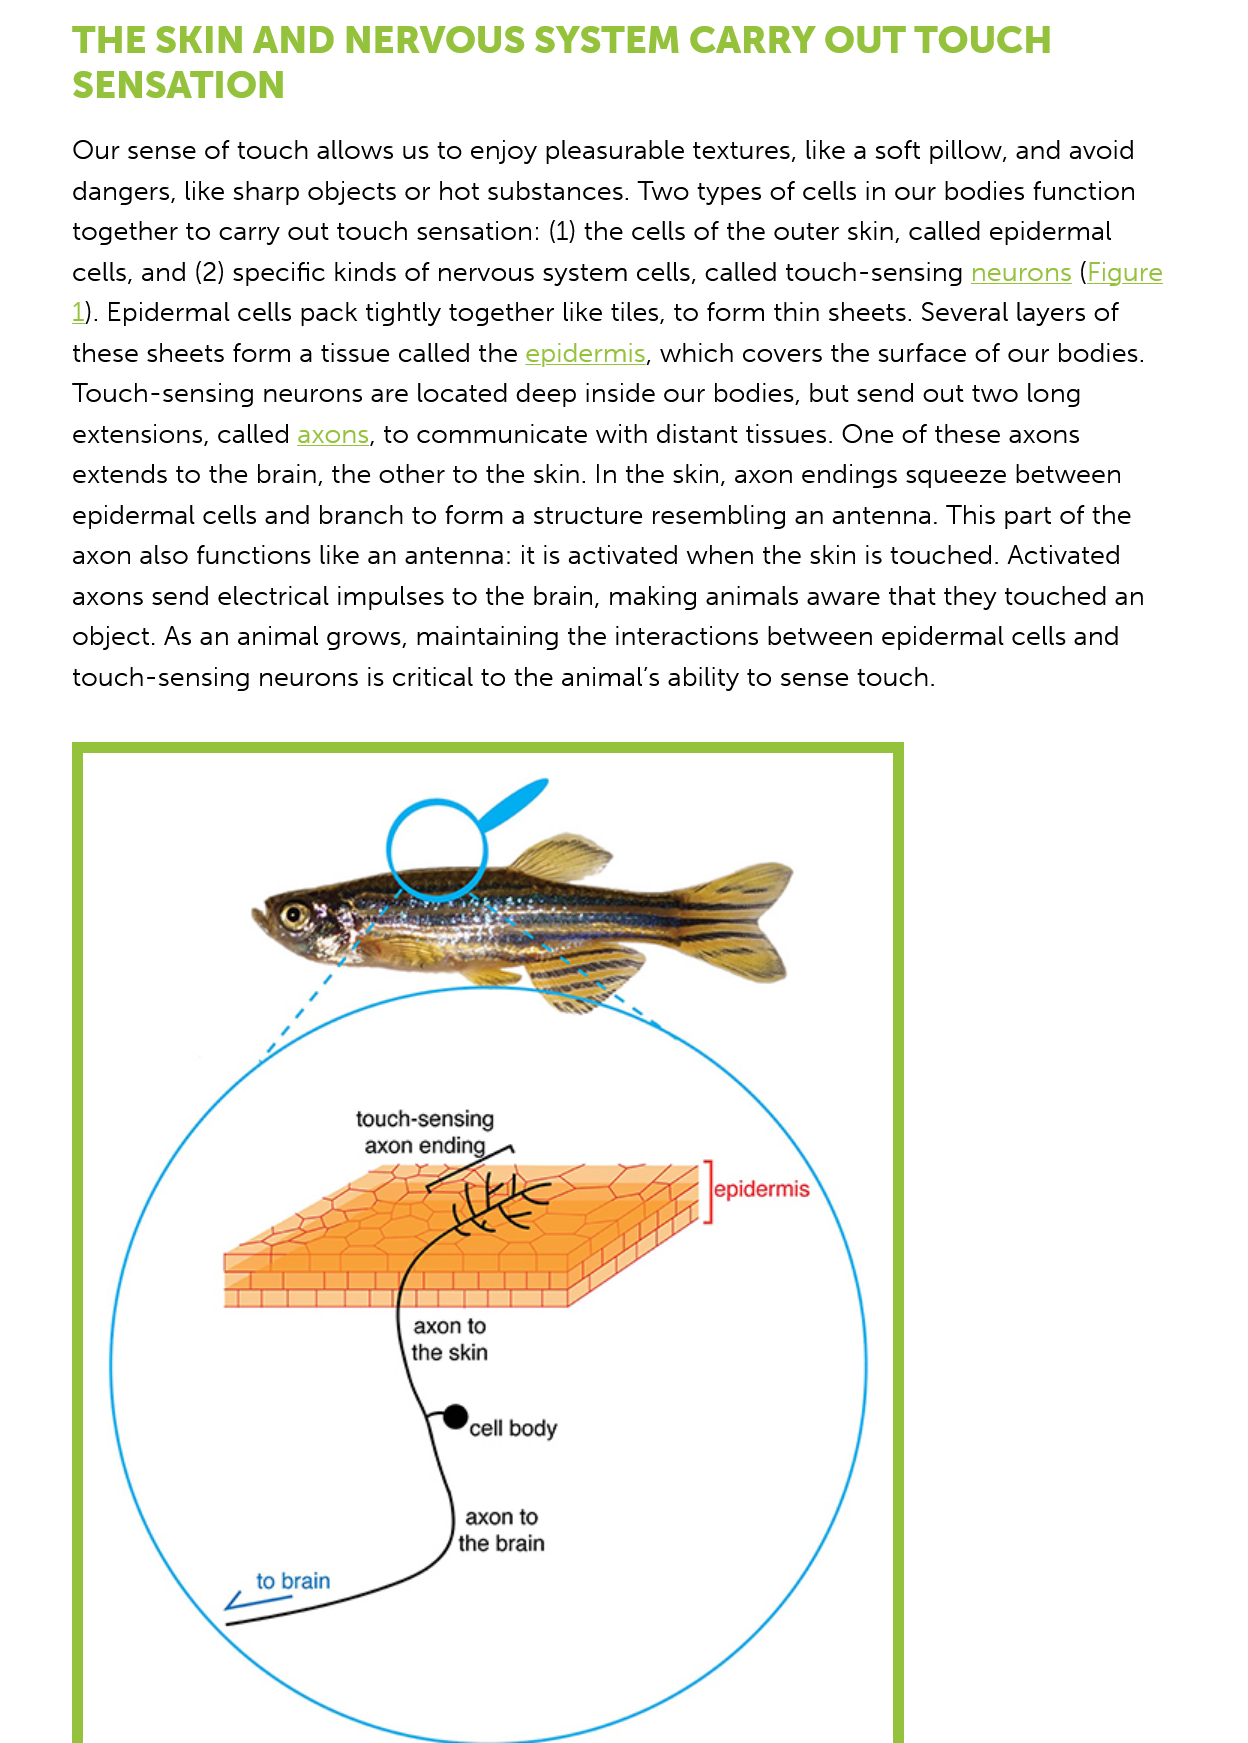
THE   SKIN   AND    NERVOUS    SYSTEM    CARRY    OUT    TOUCH
     SENSATION
     Our sense of touch allows us to enjoy pleasurable textures, like a soft pillow, and avoid
     dangers, like sharp objects or hot substances. Two types of cells in our bodies function
     together to carry out touch sensation: (1) the cells of the outer skin, called epidermal
     cells, and (2) specific kinds of nervous system cells, called touch-sensing neurons (Figure
     1). Epidermal cells pack tightly together like tiles, to form thin sheets. Several layers of
     these sheets form a tissue called the epidermis, which covers the surface of our bodies.
     Touch-sensing neurons are located deep inside our bodies, but send out two long
     extensions, called axons, to communicate with distant tissues. One of these axons
     extends to the brain, the other to the skin. In the skin, axon endings squeeze between
     epidermal cells and branch to form a structure resembling an antenna. This part of the
     axon also functions like an antenna: it is activated when the skin is touched. Activated
     axons send electrical impulses to the brain, making animals aware that they touched an
     object. As an animal grows, maintaining the interactions between epidermal cells and
     touch-sensing neurons is critical to the animal's ability to sense touch.
     to brain
     touch-sensing
     axon endin

     Jere